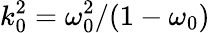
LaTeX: k_{0}^{2}=\omega_{0}^{2}/(1-\omega_{0})